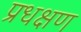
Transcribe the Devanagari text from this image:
प्रधक्षण